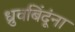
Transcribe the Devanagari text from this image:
ध्रुवबिंदूंना